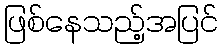
ဖြစ်နေသည့်အပြင်